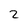
Character: 2